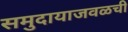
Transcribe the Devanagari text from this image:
समुदायाजवळची